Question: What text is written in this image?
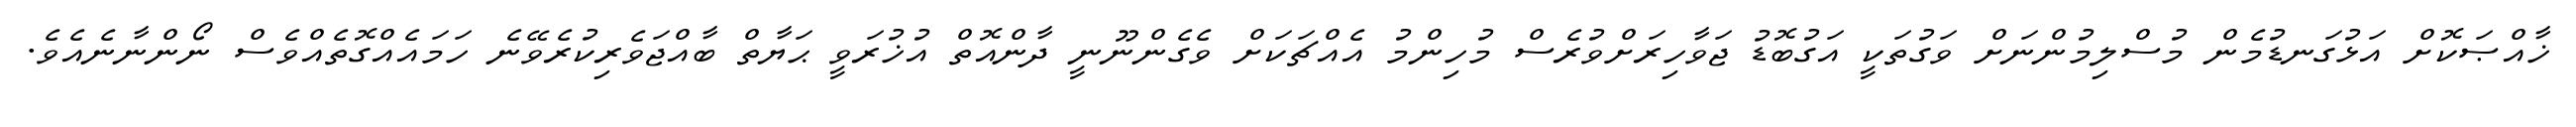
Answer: ޚާއްޞަކޮށް އަޅުގަނޑުމެން މުސްލިމުންނަށް ވަގުތަކީ އަގުބޮޑު ޖަވާހިރަށްވުރެސް މުހިންމު އެއްޗަކަށް ވެގެންނޫނީ ދާންއޮތް އުޚުރަވީ ޙަޔާތް ބާއްޖަވެރިކުރެވޭނެ ހަމައެއްގޮތެއްވެސް ނޯންނާނެއެވެ.